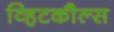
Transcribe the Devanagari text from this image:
व्हिटकौल्स